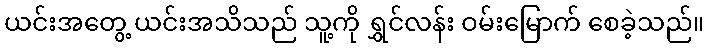
ယင်းအတွေ့ ယင်းအသိသည် သူ့ကို ရွှင်လန်း ဝမ်းမြောက် စေခဲ့သည်။